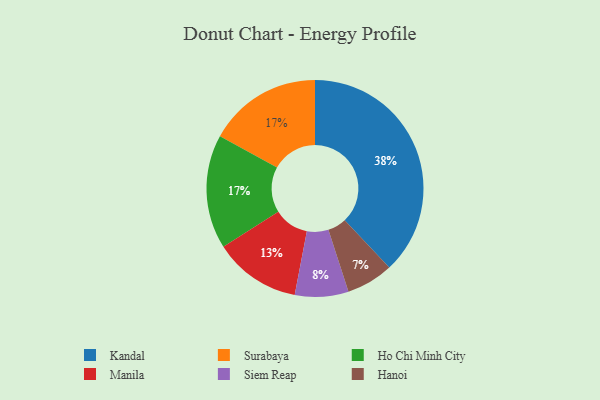
{"axis": {"x": "Category", "y": "Percentage"}, "legend": ["Hanoi", "Ho Chi Minh City", "Kandal", "Manila", "Siem Reap", "Surabaya"], "data": [{"x": "Manila", "y": 13, "type": "Manila"}, {"x": "Hanoi", "y": 7, "type": "Hanoi"}, {"x": "Siem Reap", "y": 8, "type": "Siem Reap"}, {"x": "Surabaya", "y": 17, "type": "Surabaya"}, {"x": "Kandal", "y": 38, "type": "Kandal"}, {"x": "Ho Chi Minh City", "y": 17, "type": "Ho Chi Minh City"}]}